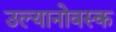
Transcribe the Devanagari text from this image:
उल्यानोवस्क